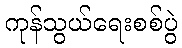
ကုန်သွယ်ရေးစစ်ပွဲ